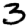
Digit: 3